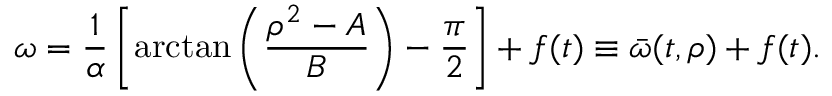
\omega = \frac { 1 } { \alpha } \left[ \arctan \left( \frac { \rho ^ { 2 } - A } { B } \right) - \frac { \pi } { 2 } \right] + f ( t ) \equiv \bar { \omega } ( t , \rho ) + f ( t ) .